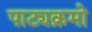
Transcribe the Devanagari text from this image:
पाट्यक्रमो